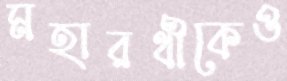
মহারথীকেও